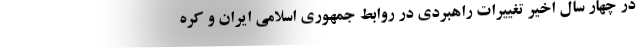
در چهار سال اخیر تغییرات راهبردی در روابط جمهوری اسلامی ایران و کره